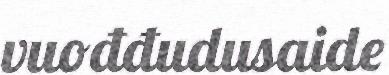
vuođđudusaide